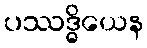
ပဿဒ္ဓိယေန